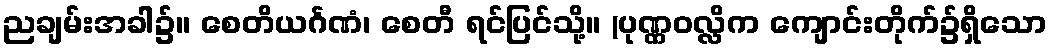
ညချမ်းအခါ၌။ စေတိယင်္ဂဏံ၊ စေတီ ရင်ပြင်သို့။ (ပုဏ္ဏဝလ္လိက ကျောင်းတိုက်၌ရှိသော